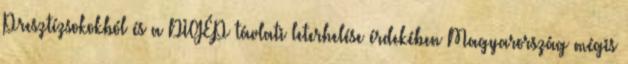
Presztízsokokból és a DIGÉP távlati leterhelése érdekében Magyarország mégis